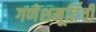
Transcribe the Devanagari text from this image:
गणेशमूर्तिची